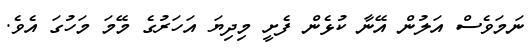
ނަމަވެސް އަލުން އޭނާ ކުޅެން ފެށީ މިދިޔަ އަހަރުގެ މޭމަ މަހުގަ އެވެ.